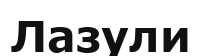
Лазули